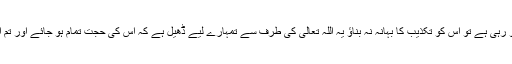
اس کے ظہور میں جو دیر ہو رہی ہے تو اس کو تکذیب کا بہانہ نہ بناؤ یہ اللہ تعالیٰ کی طرف سے تمہارے لیے ڈھیل ہے کہ اس کی حجت تمام ہو جائے اور تم اپنا پیمانہ اچھی طرح بھر لو۔